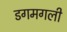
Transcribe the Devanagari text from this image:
डगमगली